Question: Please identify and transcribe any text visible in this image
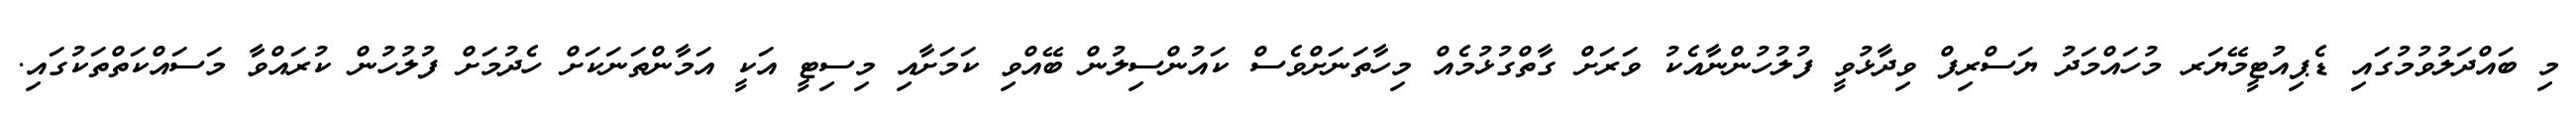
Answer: މި ބައްދަލުވުމުގައި ޑެޕިއުޓީމޭޔަރ މުހައްމަދު ޔަސްރިފް ވިދާޅުވީ ފުލުހުންނާއެކު ވަރަށް ގާތްގުޅުމެއް މިހާތަނަށްވެސް ކައުންސިލުން ބޭއްވި ކަމަށާއި މިސިޓީ އަކީ އަމާންތަނަކަށް ހެދުމަށް ފުލުހުން ކުރައްވާ މަސައްކަތްތަކުގައި.